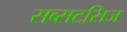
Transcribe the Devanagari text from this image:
सब्सटसिज